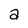
Character: a